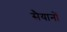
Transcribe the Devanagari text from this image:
सैयानों